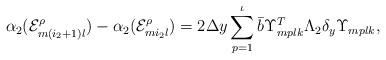
LaTeX: \begin{align*} \alpha_2(\mathcal{E}_{m(i_2+1)l}^{\rho})- \alpha_2(\mathcal{E}_{mi_2l}^{\rho})=2\Delta y\sum_{p=1}^{\iota}\bar{b}\Upsilon_{mplk}^T\Lambda_2\delta_y\Upsilon_{mplk}, \end{align*}